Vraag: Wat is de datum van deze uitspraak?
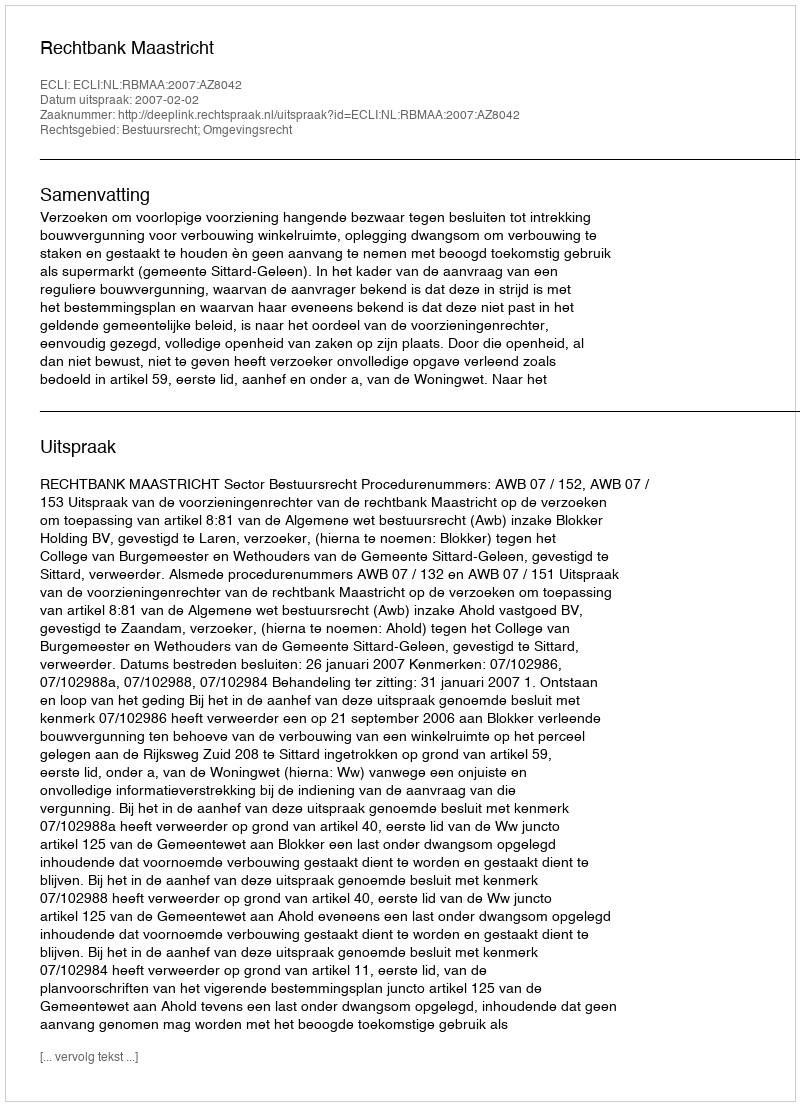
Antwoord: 2007-02-02